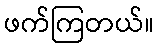
ဖက်ကြတယ်။